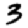
Digit: 3